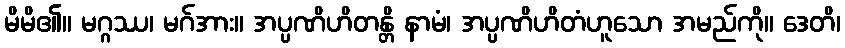
မိမိ၏။ မဂ္ဂဿ၊ မဂ်အား။ အပ္ပဏိဟိတန္တိ နာမံ၊ အပ္ပဏိဟိတံဟူသော အမည်ကို။ ဒေတိ၊